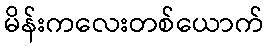
မိန်းကလေးတစ်ယောက်